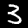
Label: 3